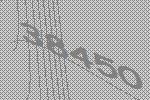
38450